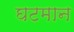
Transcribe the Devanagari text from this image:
घटमान